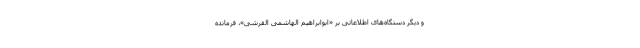
و دیگر دستگاه‌های اطلاعاتی بر «ابوابراهیم الهاشمی القرشی»، فرمانده